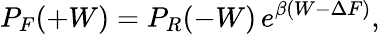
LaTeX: P_{F}(+W)=P_{R}(-W)\, e^{\beta(W-\Delta F)},